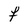
Character: F